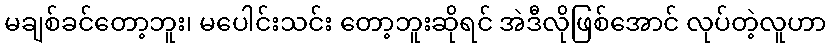
မချစ်ခင်တော့ဘူး၊ မပေါင်းသင်း တော့ဘူးဆိုရင် အဲဒီလိုဖြစ်အောင် လုပ်တဲ့လူဟာ